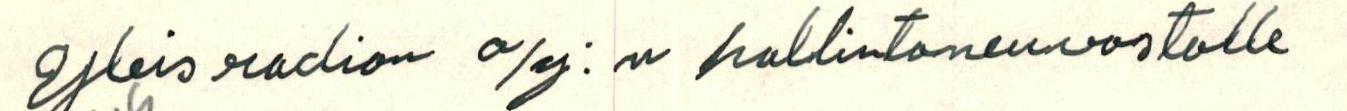
Yleisradion o/y:n hallintoneuvostolle